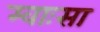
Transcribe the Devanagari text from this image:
म्वाःसा